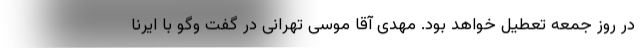
در روز جمعه تعطیل خواهد بود. مهدی آقا موسی تهرانی در گفت وگو با ایرنا